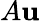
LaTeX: A\mathbf{u}